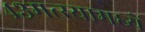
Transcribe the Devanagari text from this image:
४३मत्स्यामध्यें